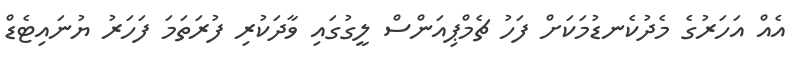
އެއް އަހަރުގެ މެދުކެނޑުމަކަށް ފަހު ޗެމްޕިއަންސް ލީގުގައި ވާދަކުރި ފުރަތަމަ ފަހަރު ޔުނައިޓެޑް